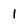
Character: 1